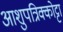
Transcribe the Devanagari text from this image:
आशुपत्रिक्कोट्टा